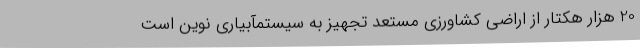
20 هزار هکتار از اراضی کشاورزی مستعد تجهیز به سیستمآبیاری نوین است